Regulations for the medical services of the Army of India
Year: 1930
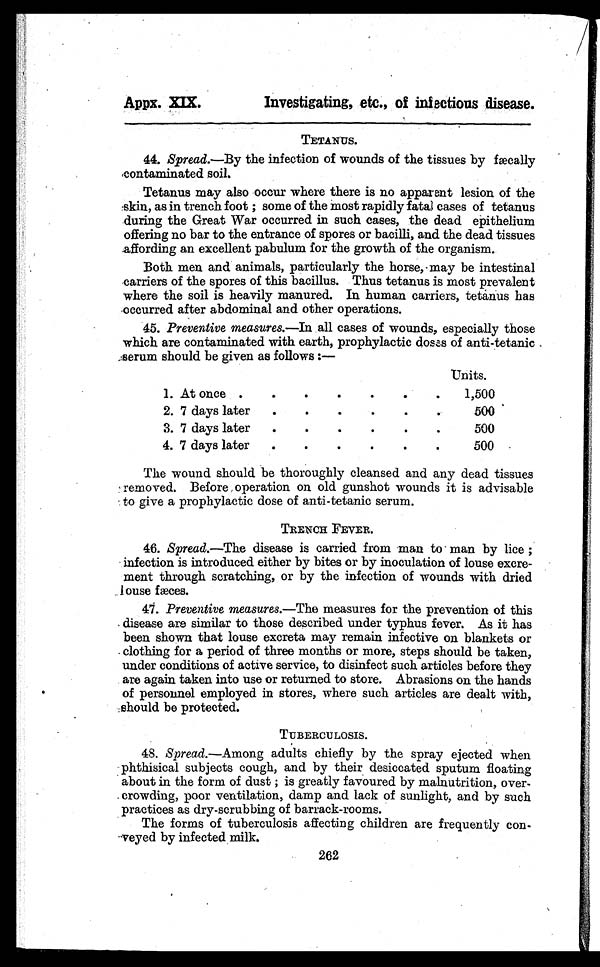
Investigating, etc., of infectious disease.
TETANUS.
44. Spread.—By the infection of wounds of the tissues by fæcally
contaminated soil.
Tetanus may also occur where there is no apparent lesion of the
skin, as in trench foot; some of the most rapidly fatal cases of tetanus
during the Great War occurred in such cases, the dead epithelium
offering no bar to the entrance of spores or bacilli, and the dead tissues
affording an excellent pabulum for the growth of the organism.
Both men and animals, particularly the horse, may be intestinal
carriers of the spores of this bacillus. Thus tetanus is most prevalent
where the soil is heavily manured. In human carriers, tetanus has
'occurred after abdominal and other operations.
45. Preventive measures.—In all cases of wounds, especially those
which are contaminated with earth, prophylactic doses of anti-tetanic
serum should be given as follows:—
Units.
1. At once . . .
1,500
2. 7 days later . . .
500
3. 7 days later . . .
500
4. 7 days later . . .
500
The wound should be thoroughly cleansed and any dead tissues
removed. Before operation on old gunshot wounds it is advisable
to give a prophylactic dose of anti-tetanic serum.
TRENCH FEVER.
46. Spread.—The disease is carried from man to man by lice;
infection is introduced either by bites or by inoculation of louse excre
- m e n t t h r o u g h s c r a t c h i n g , o r b y t h e i n f e c t i o n o f w o u n d s w i t h d r i e d
louse fæces.
47. Preventive measures .—The measures for the prevention of this
disease are similar to those described under typhus fever. As it has
been shown that louse excreta may remain infective on blankets or
clothing for a period of three months or more, steps should be taken,
under conditions of active service, to disinfect such articles before they
are again taken into use or returned to store. Abrasions on the hands
of personnel employed in stores, where such articles are dealt with,
should be protected.
TUBERCULOSIS.
48. Spread.—Among adults chiefly by the spray ejected when
phthisical subjects cough, and by their desiccated sputum floating
about in the form of dust; is greatly favoured by malnutrition, over
- c r o w d i n g , p o o r v e n t i l a t i o n , d a m p a n d l a c k o f s u n l i g h t , a n d b y s u c h
practices as dry-scrubbing of barrack-rooms.
The forms of tuberculosis affecting children are frequently con
-veyed by infected milk.
Appx. XIX.
262